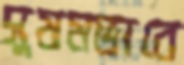
সুষমভাবে